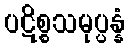
ပဋိစ္စသမုပ္ပန္နံ